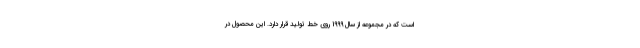
است که در مجموعه از سال 1999 روی خط تولید قرار دارد. این محصول در